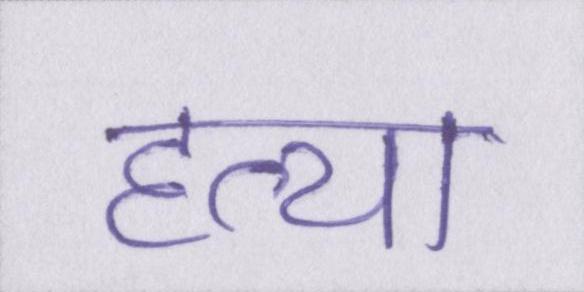
हत्या